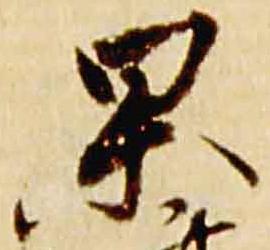
杲